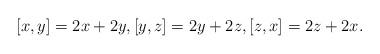
LaTeX: \begin{align*}\lbrack{ x,y}\rbrack = 2 {x}+2{ y}, \lbrack{ y,z}\rbrack = 2{ y}+2 { z}, \lbrack{ z,x}\rbrack = 2{ z}+2{ x}.\end{align*}